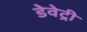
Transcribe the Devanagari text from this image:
डेवेट्री